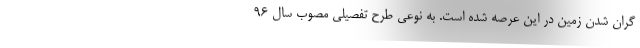
گران شدن زمین در این عرصه شده است. به نوعی طرح تفصیلی مصوب سال ۹۶